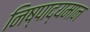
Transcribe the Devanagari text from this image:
निष्पाद्यमान